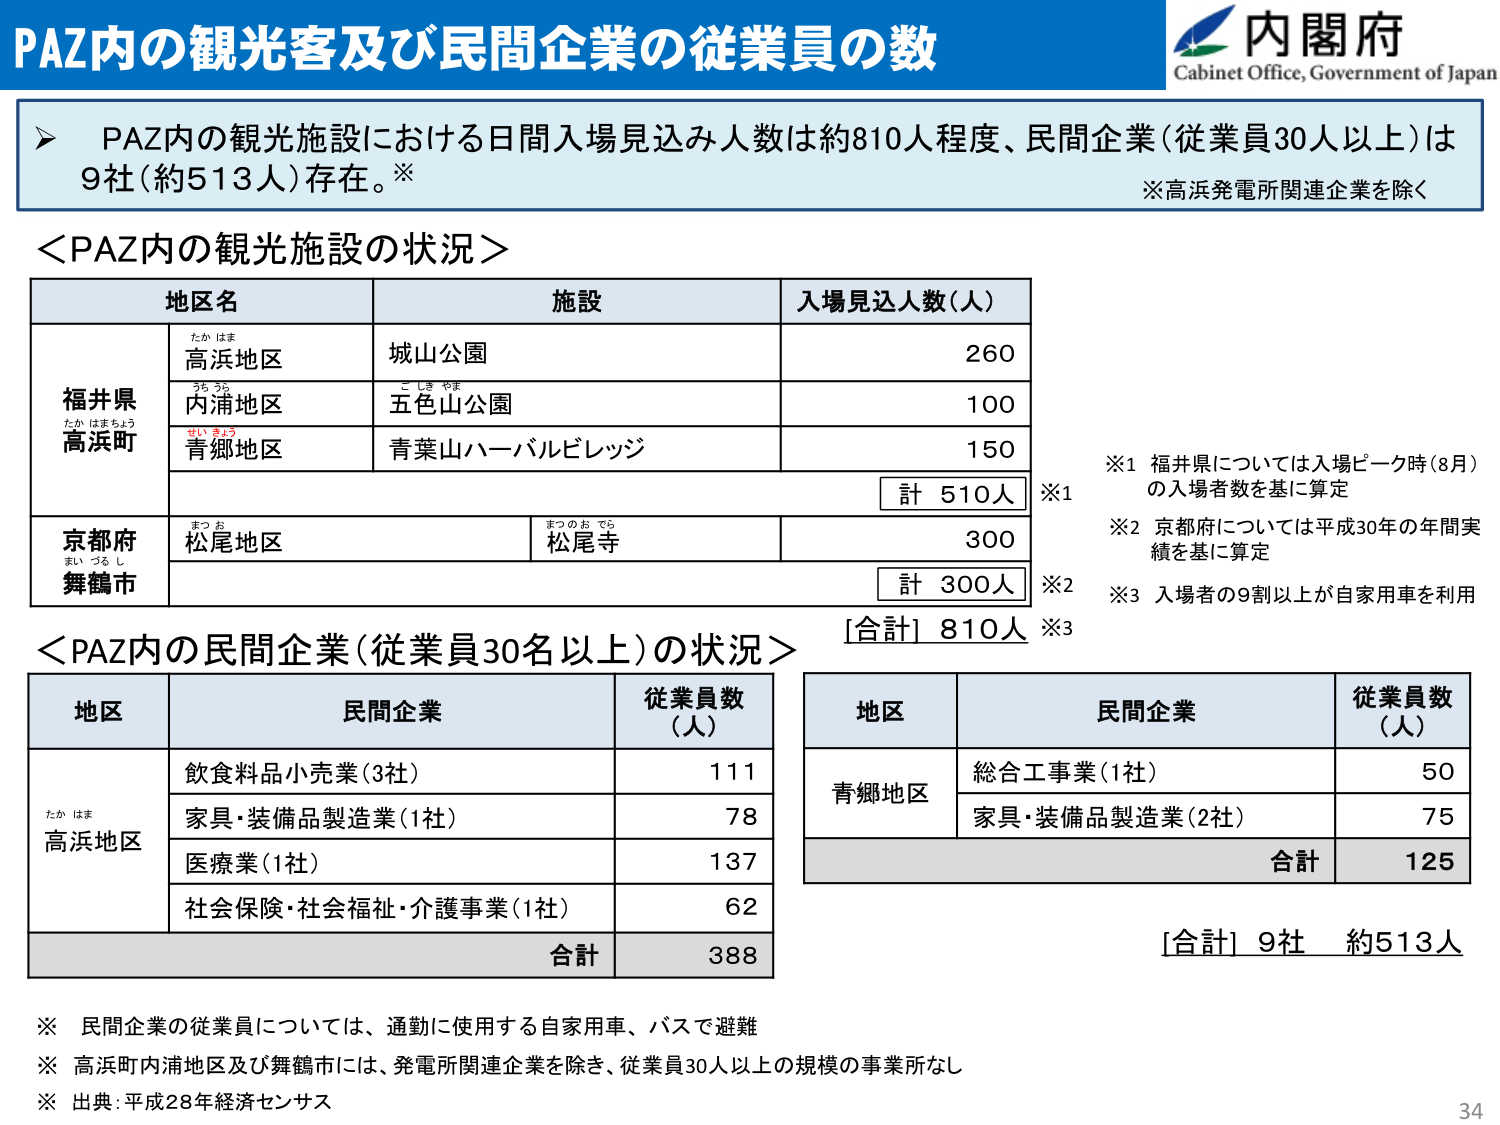
PAZ内の観光客及び民間企業の従業員の数
内閣府
Cabinet Office, Government of Japan
➤ PAZ内の観光施設における日間入場見込み人数は約810人程度、民間企業（従業員30人以上）は9社（約513人）存在。※
※高浜発電所関連企業を除く
＜PAZ内の観光施設の状況＞
地区名
施設
入場見込人数（人）
福井県
高浜町
たか はま
高浜地区
城山公園
260
うち うえ
内浦地区
五色山公園
100
あお みょう
青郷地区
青葉山ハーバルビレッジ
150
計 510人
※1
京都府
舞鶴市
まつ お
松尾地区
まつの お てら
松尾寺
300
計 300人
※2
[合計] 810人 ※3
※1 福井県については入場ピーク時（8月）の入場者数を基に算定
※2 京都府については平成30年の年間実績を基に算定
※3 入場者の9割以上が自家用車を利用
＜PAZ内の民間企業（従業員30名以上）の状況＞
地区
民間企業
従業員数（人）
たか はま
高浜地区
飲食料品小売業（3社）
111
家具・装備品製造業（1社）
78
医療業（1社）
137
社会保険・社会福祉・介護事業（1社）
62
合計
388
地区
民間企業
従業員数（人）
青郷地区
総合工事業（1社）
50
家具・装備品製造業（2社）
75
合計
125
[合計] 9社 約513人
※ 民間企業の従業員については、通勤に使用する自家用車、バスで避難
※ 高浜町内浦地区及び舞鶴市には、発電所関連企業を除き、従業員30人以上の規模の事業所なし
※ 出典：平成28年経済センサス
34